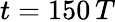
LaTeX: t=150\, T